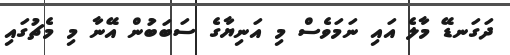
ދަގަނޑޭ މާލެ އައި ނަމަވެސް މި އަނިޔާގެ ސަބަބަުން އޭނާ މި މެޗުގައި